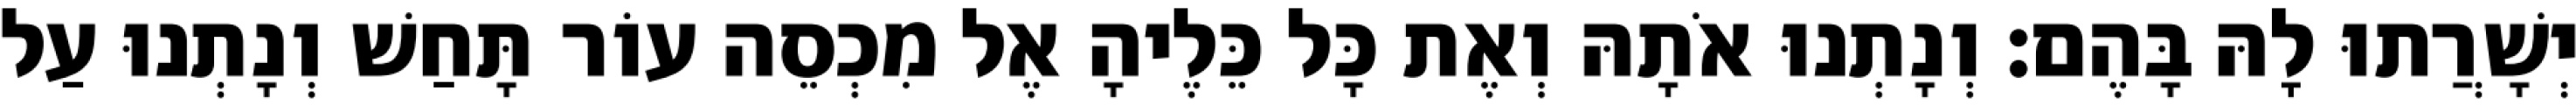
יְשָׁרֲתוּ לָהּ בָּהֶם׃ וְנָתְנוּ אֹתָהּ וְאֶת כָּל כֵּלֶיהָ אֶל מִכְסֵה עוֹר תָּחַשׁ וְנָתְנוּ עַל